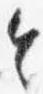
令